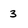
Character: 3